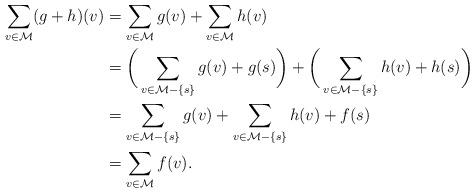
LaTeX: \begin{align*} \sum_{v \in \mathcal{M}} (g+h)(v) &= \sum_{v \in \mathcal{M}} g(v) + \sum_{v \in \mathcal{M}} h(v) \\ &= \bigg( \sum_{v \in \mathcal{M}-\{s\}} g(v) + g(s) \bigg) + \bigg(\sum_{v \in \mathcal{M}-\{s\}} h(v) + h(s) \bigg) \\ &= \sum_{v \in \mathcal{M}-\{s\}} g(v) + \sum_{v \in \mathcal{M}-\{s\}} h(v) + f(s) \\ &= \sum_{v \in \mathcal{M}} f(v).\end{align*}